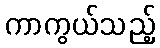
ကာကွယ်သည့်